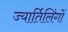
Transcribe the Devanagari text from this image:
ज्यार्तिलिंगों